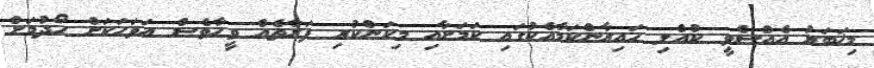
މިޚަބަރު އެއްސެވީ ކުއްލި ހައިރާންކަމާއެކުގައި ކަމަށާއި މިކަންކުރި ފަރާތެއް ވީހާވެސް އަވަހަކަށް ހޯދުމަށް